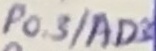
Text: P0.3/AD3